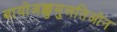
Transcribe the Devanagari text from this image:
बायोअक्कुमुलतिओन